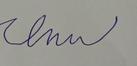
Signature authenticity: forged